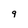
Character: 9